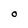
Character: O